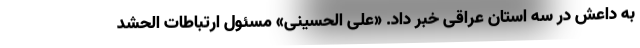
به داعش در سه استان عراقی خبر داد. «علی الحسینی» مسئول ارتباطات الحشد